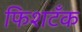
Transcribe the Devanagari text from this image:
फिशटँक